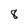
Character: 8